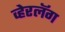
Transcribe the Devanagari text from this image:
व्हेरलॅग